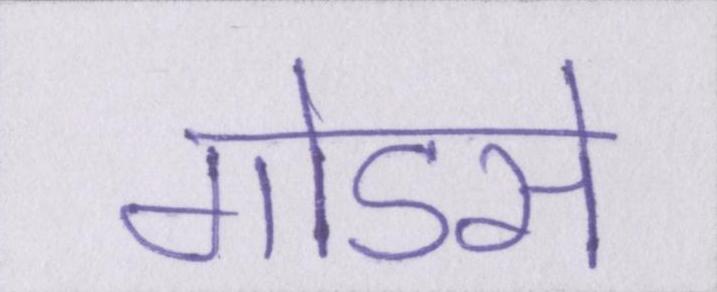
गोडसे